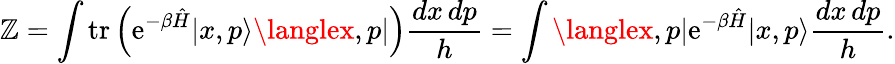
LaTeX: \mathbb{Z}=\int\operatorname{tr}\left(\mathrm{{e}}^{-\beta{\hat{{H}}}}|x,p\rangle\langlex,p|\right){\frac{{dx\, dp}}{{h}}}=\int\langlex,p|\mathrm{{e}}^{-\beta{\hat{{H}}}}|x,p\rangle{\frac{{dx\, dp}}{{h}}}.